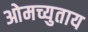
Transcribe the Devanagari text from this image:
ओमच्युताय